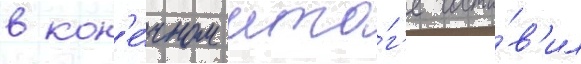
в кон'е́чном ито́г'е соста́в'ил